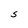
Character: S